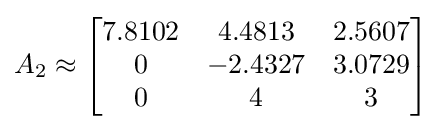
A_{2}\approx {\begin{bmatrix}7.8102&4.4813&2.5607\\0&-2.4327&3.0729\\0&4&3\\\end{bmatrix}}